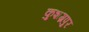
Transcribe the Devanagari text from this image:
कुशग्रपुर